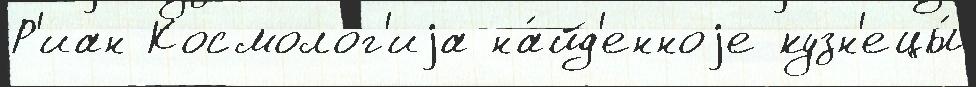
Р'иан Космоло́г'иjа на́йд'енноjе кузн'ецы́